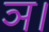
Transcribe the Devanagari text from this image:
ञ।